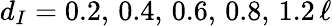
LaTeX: d_{I}=0.2,\, 0.4,\, 0.6,\, 0.8,\, 1.2\, \ell